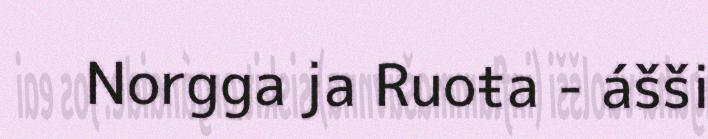
Norgga ja Ruoŧa - ášši